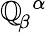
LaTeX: \mathbb{Q}_{\! \beta}^{\, \, \alpha}